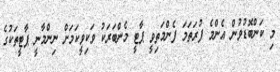
މި ކަންބޮޑުވުން އެންމެ ފުރަތަމަ ފެންމަތިވީ ޕާޓީ މެންބަރަކު ވަކިވީކަމަށް ނިންމާނީ ޕާޓީތަކުގެ